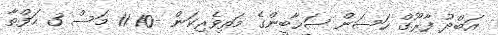
އަބްދު ފާރޫގް ހަސަން ޞަޙާބީންގެ މަތިވެރިކަން -10 11 މަސް 3 ހަފްތާ